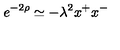
e ^ { - 2 \rho } \simeq - \lambda ^ { 2 } x ^ { + } x ^ { - }